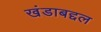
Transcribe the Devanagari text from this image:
खंडाबद्दल